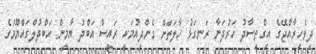
ދިވެހިރާއްޖޭގެ އިގްތިސާދު ހަރުދަނާ ރަނގަޅު ހާލަތަށް ގެންދިއުމަކީ ރައީސް އަބްދު ޔާމީން އަބްދުލްގައްޔޫމުގެ